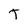
Character: T